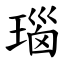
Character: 瑙